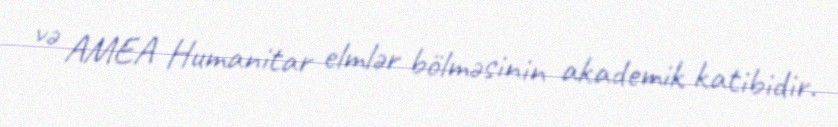
və AMEA Humanitar elmlər bölməsinin akademik katibidir.